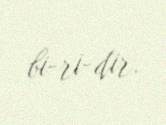
bi­ri­dir.